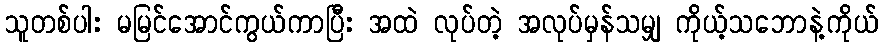
သူတစ်ပါး မမြင်အောင်ကွယ်ကာပြီး အထဲ လုပ်တဲ့ အလုပ်မှန်သမျှ ကိုယ့်သဘောနဲ့ကိုယ်